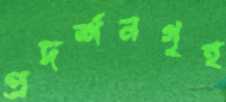
প্রদর্শনগৃহ